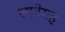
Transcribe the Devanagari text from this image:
रयतेसह